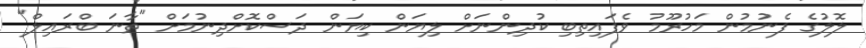
ލޮލުގެ ފެނުމުން މަހުރޫމު ވެފައިތިބި ކުދިންނަށް ލިޔަން ކިޔަން ދަސްކޮށްދިނުމަށް "ތާނަ ބްރައިލް"